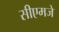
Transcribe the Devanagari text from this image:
सीएमजे